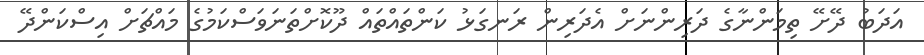
އަދަބު ދޭށޭ ތިމަންނާގެ ދަރިންނަށް އެދަރިން ރަނގަޅު ކަންތައްތައް ދޫކޮށްތަނަވަސްކަމުގެ މައްޗަށް އިސްކަންދޭ